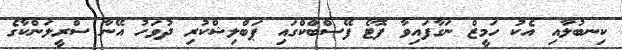
ކިނބުލާއި އެކު ހަމީޒް ނަގާފައިވާ ފޮޓޯ ފޭސްބްކްގައި ޕަބްލިޝްކުރި ދުވަހު އޭނާ ސްރީލަންކާގެ